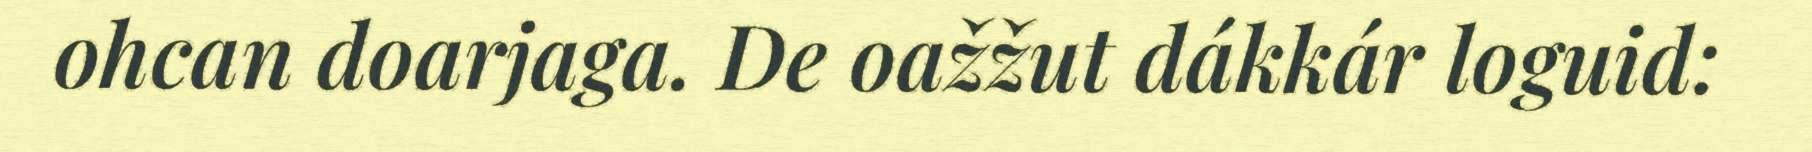
ohcan doarjaga. De oažžut dákkár loguid: